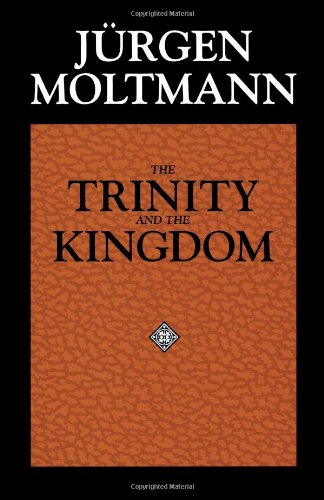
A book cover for The Trinity and the Kingdom; Jurgen Moltmann; Christian Books & Bibles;